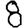
Digit: 8